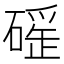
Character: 𥕬